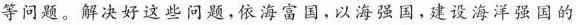
等问题。解决好这些问题，依海富国，以海强国，建设海洋强国